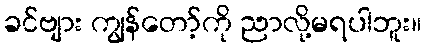
ခင်ဗျား ကျွန်တော့်ကို ညာလို့မရပါဘူး။